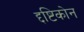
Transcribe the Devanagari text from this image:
द्दष्टिकोन